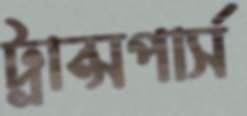
ট্রান্সপার্স